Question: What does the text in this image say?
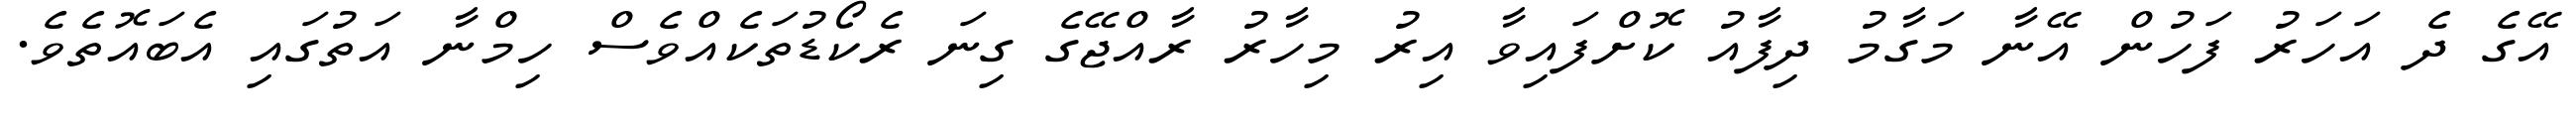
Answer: އޭގެ ދެ އަހަރު ފަހުން އޭނާ މަގާމު ދިފާއު ކޮށްފައިވާ އިރު މިހާރު ރާއްޖޭގެ ގިނަ ރެކޯޑުތަކެއްވެސް ހިމްނާ އަތުގައި އެބައޮތެވެ.